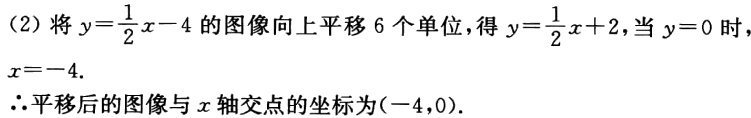
（2）将\(y = \frac{1}{2}x - 4\)的图像向上平移 6 个单位，得\(y = \frac{1}{2}x + 2\)，当\(y = 0\)时，\(x = - 4\).
\(\therefore\)平移后的图像与\(x\)轴交点的坐标为\(( - 4,0)\).